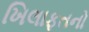
ખિલાફતનો